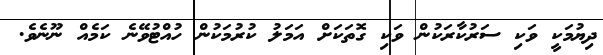
ދިޔުމަކީ ވަކި ސަރުކާރަކުން ވަކި ގޮތަކަށް އަމަލު ކުރުމަކުން ހުއްޓުވޭނެ ކަމެއް ނޫނެވެ.